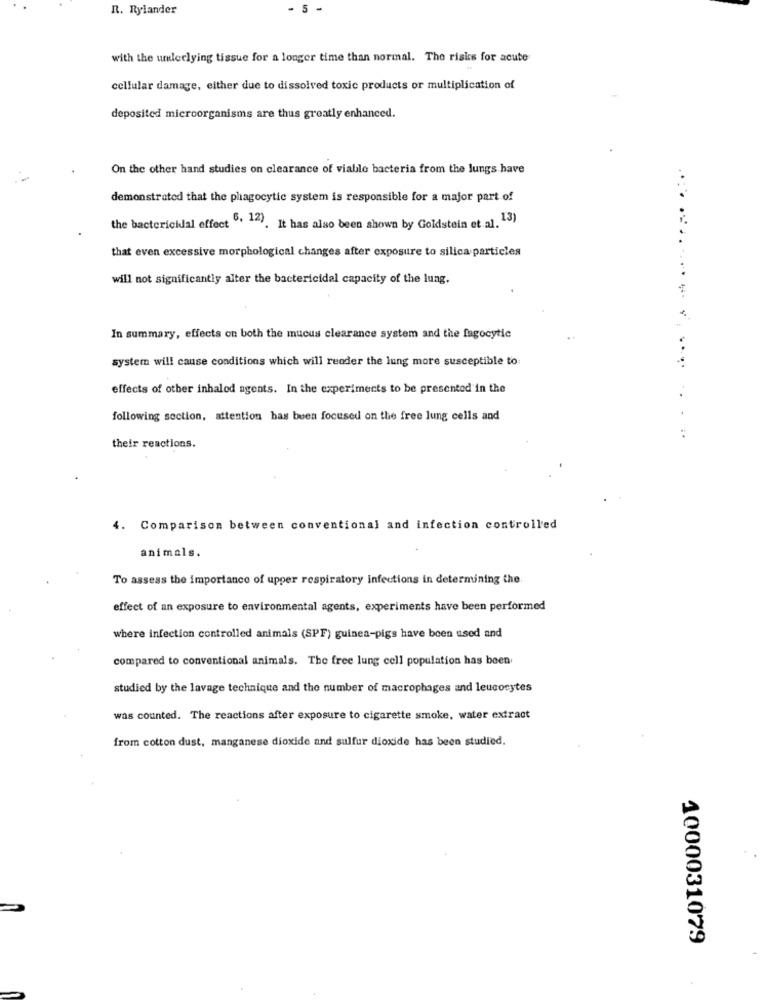
R. Rylander
- 5 -
with the underlying tissue for a longer time than normal. The risks for acute
cellular damage, either due to dissolved toxic products or multiplication of
deposited microorganisms are thus greatly enhanced.
On the other hand studies on clearance of viable bacteria from the lungs have
demonstrated that the phagocytic system is responsible for a major part of
the bactericidal effect ", 14). It has also been shown by Goldstein et al. 13)
that even excessive morphological changes after exposure to silica particles
will not significantly alter the bactericidal capacity of the lung.
In summary, effects on both the mucus clearance system and the fagocytic
system will cause conditions which will reoder the lung more susceptible to:
....
effects of other inhaled agents. In the experiments to be presented in the
following section, attention has buen focused on the free lung cells and
...
their reactions.
4. Comparison between conventional and infection controlled
animals.
To assess the importance of upper respiratory infections in determining the.
effect of an exposure to environmental agents, experiments have been performed
where infection controlled animals (SPF) guinea-pigs have been used and
compared to conventional animals. The free lung cell population has been
studied by the lavage technique and the number of macrophages and leucocytes
was counted. The reactions after exposure to cigarette smoke, water extract
from cotton dust, manganese dioxide and sulfur dioxide has been studied.
1000031079